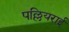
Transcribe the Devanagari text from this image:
पल्लियराई